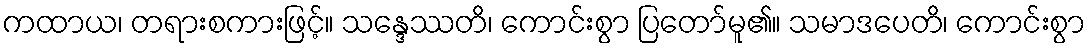
ကထာယ၊ တရားစကားဖြင့်။ သန္ဒေဿတိ၊ ကောင်းစွာ ပြတော်မူ၏။ သမာဒပေတိ၊ ကောင်းစွာ